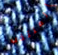
المنتخب